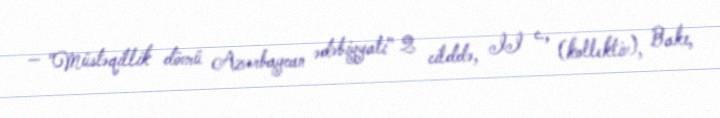
— "Müstəqillik dövrü Azərbaycan ədəbiyyatı" 2 cilddə, II c., (kollektiv), Bakı,